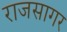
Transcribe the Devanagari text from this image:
राजसागर